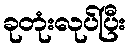
ခုတုံးလုပ်ပြီး